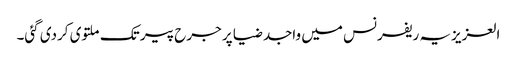
العزیزیہ ریفرنس میں واجد ضیا پر جرح پیر تک ملتوی کردی گئی۔